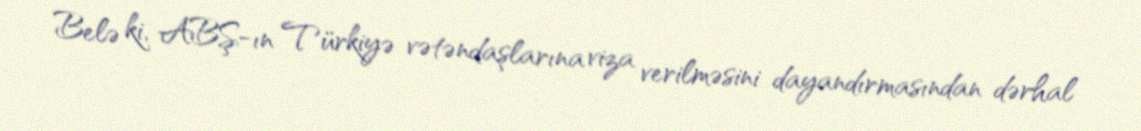
Belə ki, ABŞ-ın Türkiyə vətəndaşlarına viza verilməsini dayandırmasından dərhal